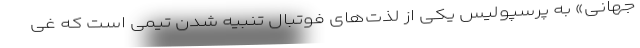
جهانی» به پرسپولیس یکی از لذت‌های فوتبال تنبیه شدن تیمی است که غی